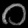
Digit: ၀